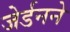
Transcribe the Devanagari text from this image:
जेर्डनने